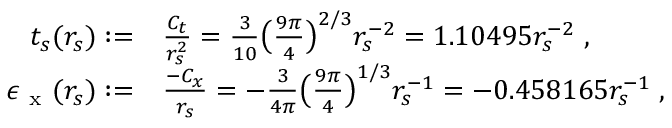
\begin{array} { r l } { t _ { s } ( r _ { s } ) : = } & { { } \frac { C _ { t } } { r _ { s } ^ { 2 } } = \frac { 3 } { 1 0 } \big ( \frac { 9 \pi } { 4 } \big ) ^ { 2 / 3 } r _ { s } ^ { - 2 } = 1 . 1 0 4 9 5 r _ { s } ^ { - 2 } \; , } \\ { \epsilon _ { \mathrm { ~ x ~ } } ( r _ { s } ) : = } & { { } \frac { - C _ { x } } { r _ { s } } = - \frac { 3 } { 4 \pi } \big ( \frac { 9 \pi } { 4 } \big ) ^ { 1 / 3 } r _ { s } ^ { - 1 } = - 0 . 4 5 8 1 6 5 r _ { s } ^ { - 1 } \; , } \end{array}